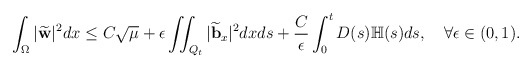
\begin{align*} & \int_\Omega |\widetilde{\mathbf{w}}|^2dx \leq C\sqrt{\mu} +\epsilon\iint_{Q_t} |\widetilde{\mathbf{b}}_x|^2 dxds + \frac{C}{\epsilon}\int_0^tD(s)\mathbb{H}(s)ds,\quad\forall \epsilon \in (0, 1). \end{align*}